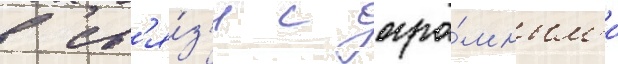
В св'я́з'и с огро́мным'и